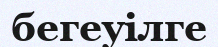
бегеуілге